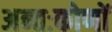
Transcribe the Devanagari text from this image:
अन्तःकोणों